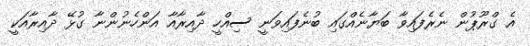
އެ ގްރޫޕުން ނެރެފައިވާ ބަޔާނެއްގައި ބުނެފައިވަނީ ސިއްހީ ދާއިރާއާ އަންހެނުންނާ ގުޅޭ ދާއިރާއަކީ